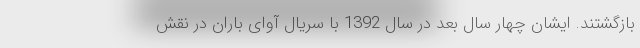
بازگشتند. ایشان چهار سال بعد در سال 1392 با سریال آوای باران در نقش